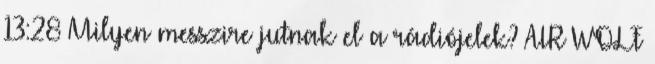
13:28 Milyen messzire jutnak el a rádiójelek? AIR WOLF